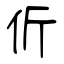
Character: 伒